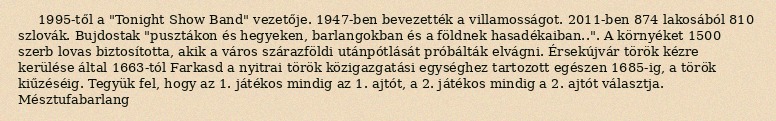
1995-től a "Tonight Show Band" vezetője. 1947-ben bevezették a villamosságot. 2011-ben 874 lakosából 810 szlovák. Bujdostak "pusztákon és hegyeken, barlangokban és a földnek hasadékaiban..". A környéket 1500 szerb lovas biztosította, akik a város szárazföldi utánpótlását próbálták elvágni. Érsekújvár török kézre kerülése által 1663-tól Farkasd a nyitrai török közigazgatási egységhez tartozott egészen 1685-ig, a török kiűzéséig. Tegyük fel, hogy az 1. játékos mindig az 1. ajtót, a 2. játékos mindig a 2. ajtót választja. Mésztufabarlang